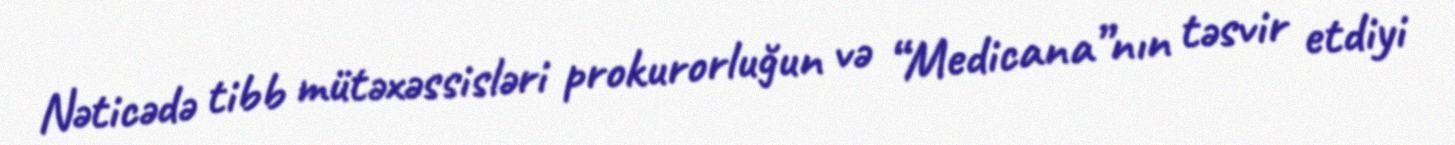
Nəticədə tibb mütəxəssisləri prokurorluğun və “Medicana”nın təsvir etdiyi